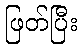
ဖြတ်ပြီး